Document type: Emphyteutic lease
Year: 1281
Scribe: Pere Marquès
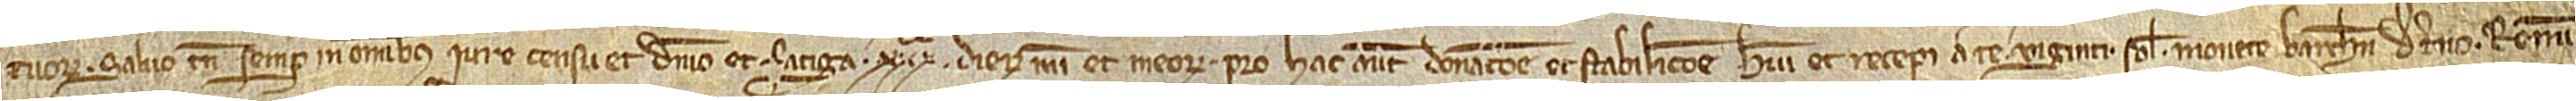
tuorum, salvo tamen semper in omnibus iure, censu et dominio et fatiga XXXº dierum mei et meorum. Pro hac autem donacione et stabilicione habui et recepi a te viginti solidos monete Barchinone de terno, renun-